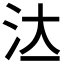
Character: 𣲔